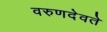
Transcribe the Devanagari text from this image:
वरुणदेवते